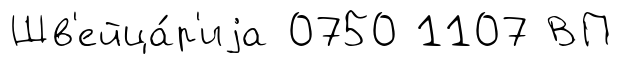
Шв'ейца́р'иjа 0750 1107 ВП